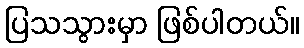
ပြသသွားမှာ ဖြစ်ပါတယ်။